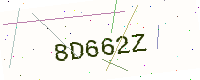
Text: 8D662Z